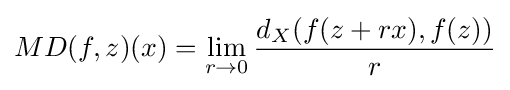
MD(f,z)(x)=\lim _{r\rightarrow 0}{\frac {d_{X}(f(z+rx),f(z))}{r}}